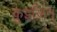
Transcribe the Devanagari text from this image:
क़ुइज़िन्